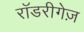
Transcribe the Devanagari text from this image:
रॉडरीगेज़